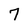
Character: 7